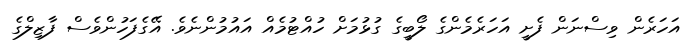
އަހަރެން ވިސްނަން ފެށީ އަހަރެމެންގެ ލޯބީގެ ގުޅުމަށް ހުއްޓުމެއް އައުމުންނެވެ. އޭގެފަހުންވެސް ފާޒިލްގެ